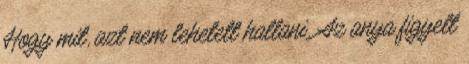
Hogy mit, azt nem lehetett hallani. Az anya figyelt